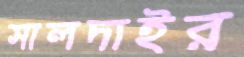
সালদাইর